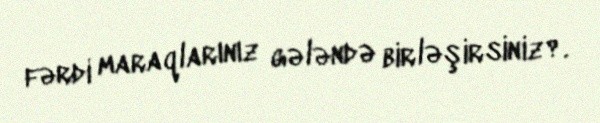
fərdi maraqlarınız gələndə birləşirsiniz?.